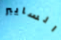
السايبر